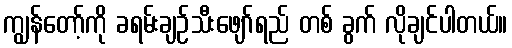
ကျွန်တော့်ကို ခရမ်းချဉ်သီးဖျော်ရည် တစ် ခွက် လိုချင်ပါတယ်။